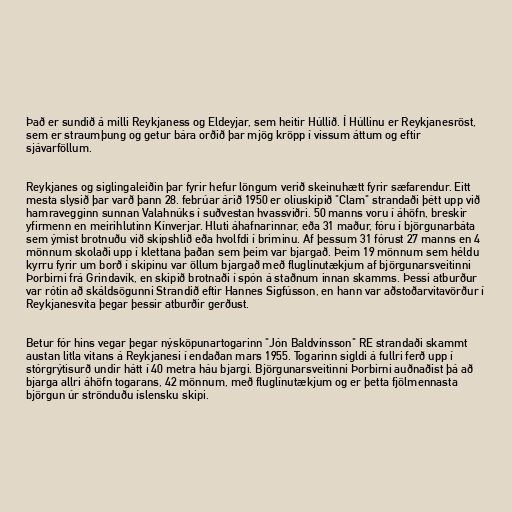
Það er sundið á milli Reykjaness og Eldeyjar, sem heitir Húllið. Í Húllinu er Reykjanesröst,
sem er straumþung og getur bára orðið þar mjög kröpp í vissum áttum og eftir
sjávarföllum.

Reykjanes og siglingaleiðin þar fyrir hefur löngum verið skeinuhætt fyrir sæfarendur. Eitt
mesta slysið þar varð þann 28. febrúar árið 1950 er olíuskipið "Clam" strandaði þétt upp við
hamravegginn sunnan Valahnúks í suðvestan hvassviðri. 50 manns voru í áhöfn, breskir
yfirmenn en meirihlutinn Kínverjar. Hluti áhafnarinnar, eða 31 maður, fóru í björgunarbáta
sem ýmist brotnuðu við skipshlið eða hvolfdi í briminu. Af þessum 31 fórust 27 manns en 4
mönnum skolaði upp í klettana þaðan sem þeim var bjargað. Þeim 19 mönnum sem héldu
kyrru fyrir um borð í skipinu var öllum bjargað með fluglínutækjum af björgunarsveitinni
Þorbirni frá Grindavík, en skipið brotnaði í spón á staðnum innan skamms. Þessi atburður
var rótin að skáldsögunni Strandið eftir Hannes Sigfússon, en hann var aðstoðarvitavörður í
Reykjanesvita þegar þessir atburðir gerðust.

Betur fór hins vegar þegar nýsköpunartogarinn "Jón Baldvinsson" RE strandaði skammt
austan litla vitans á Reykjanesi í endaðan mars 1955. Togarinn sigldi á fullri ferð upp í
stórgrýtisurð undir hátt í 40 metra háu bjargi. Björgunarsveitinni Þorbirni auðnaðist þá að
bjarga allri áhöfn togarans, 42 mönnum, með fluglínutækjum og er þetta fjölmennasta
björgun úr strönduðu íslensku skipi.